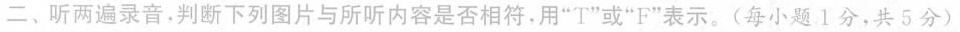
二、听两遍录音，判断下列图片与所听内容是否相符，用”T”或”F”表示。(每小题1分，共5分)